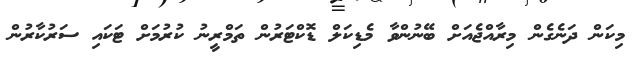
މިކަން ދަނެގެން މިރާއްޖެއަށް ބޭނުންވާ މެޑިކަލް ޑޮކްޓަރުން ތަމްރީނު ކުރުމަށް ޓަކަައި ސަރުކާރުން